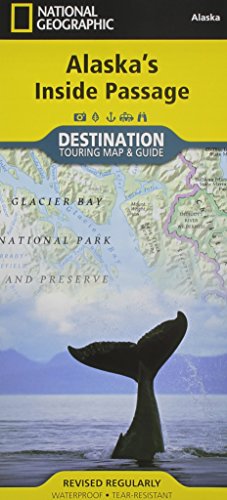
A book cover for Alaska's Inside Passage: Destination Map; National Geographic Maps; Travel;